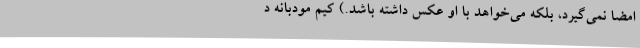
امضا نمی‌گیرد، بلکه می‌خواهد با او عکس داشته باشد.) کیم مودبانه د